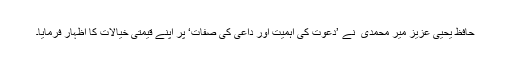
حافظ یحییٰ عزیز میر محمدی ؒ نے ’دعوت کی اہمیت اور داعی کی صفات‘ پر اپنے قیمتی خیالات کا اظہار فرمایا۔